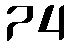
74